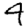
Digit: 4